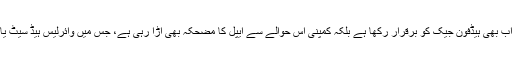
ہیڈفون جیک جی ہاں سام سنگ نے اب بھی ہیڈفون جیک کو برقرار رکھا ہے بلکہ کمپنی اس حوالے سے ایپل کا مضحکہ بھی اڑا رہی ہے، جس میں وائرلیس ہیڈ سیٹ یا ڈبل ڈونگل کی ضرورت پڑتی ہے۔